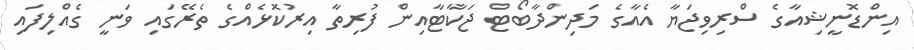
އިންޑޮނީޝިއާގެ ސްރިވިޖަޔާ އެއާގެ މަދިންދާބޯޓް ޖަކާޓާއިން ފުރިތާ އިރުކޮޅެއްގެ ތެރޭގައި ވަނީ ގެއްލިފައި